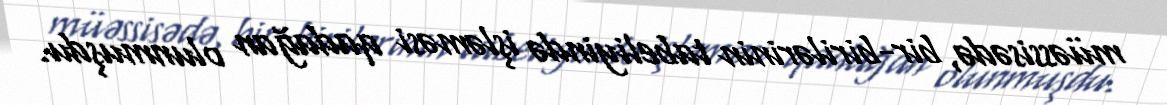
müəssisədə, bir-birilərinin tabeliyində işləməsi qadağan olunmuşdu.